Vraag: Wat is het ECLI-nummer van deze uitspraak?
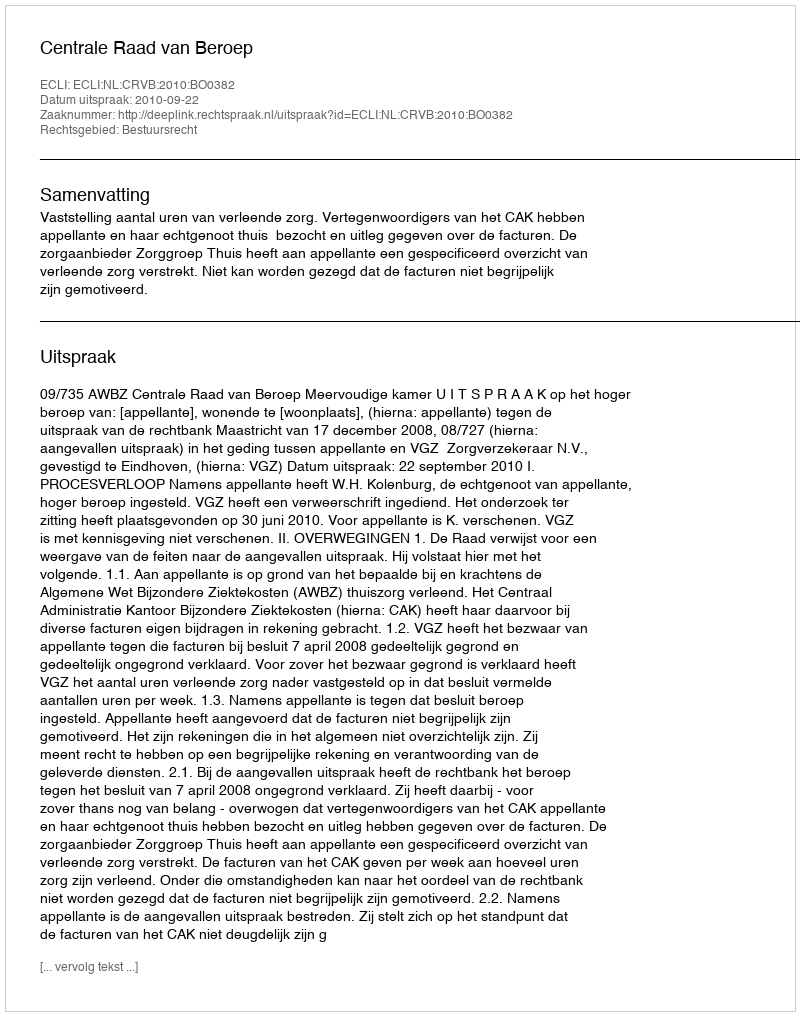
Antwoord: ECLI:NL:CRVB:2010:BO0382